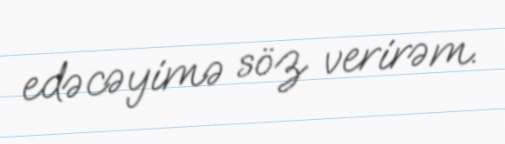
edəcəyimə söz verirəm.